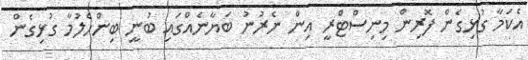
އެކަމާ ގުޅިގެން ފޮރިން މިނިސްޓްރީ އިން ނެރުނު ބަޔާނެއްގައި ބުނީ ބިންހެލުމާ ގުޅިގެން